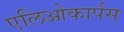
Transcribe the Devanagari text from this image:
एलिओकार्पस